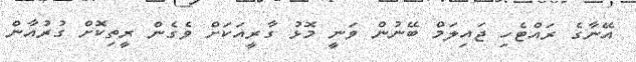
އޭނާގެ ރައްޓެހި ޖައިލަމް ބޭނުން ވަނީ މޮޅު ގާރީއަކަށް ވެގެން ރީތިކޮށް ގުރުއާން